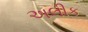
અલીક